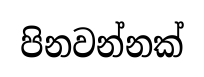
පිනවන්නක්